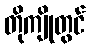
တိုကျိုတွင်